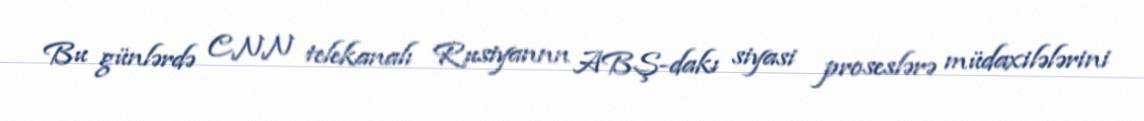
Bu günlərdə CNN telekanalı Rusiyannn ABŞ-dakı siyasi proseslərə müdaxilələrini